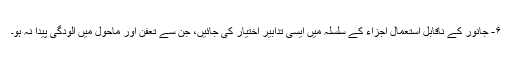
۶- جانور کے ناقابل استعمال اجزاء کے سلسلہ میں ایسی تدابیر اختیار کی جائیں، جن سے تعفن اور ماحول میں آلودگی پیدا نہ ہو۔